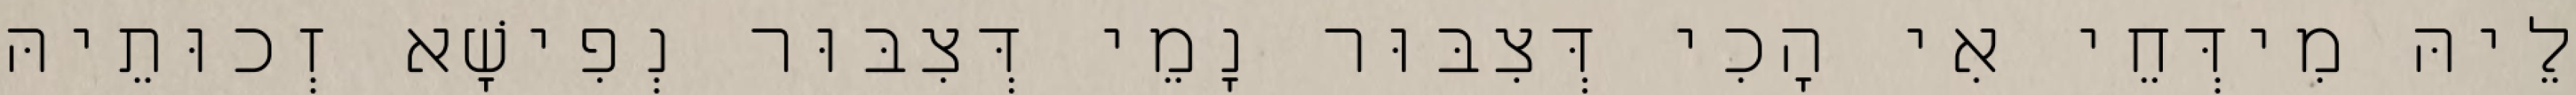
לֵיהּ מִידְּחֵי אִי הָכִי דְּצִבּוּר נָמֵי דְּצִבּוּר נְפִישָׁא זְכוּתֵיהּ